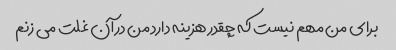
برای من مهم نیست که چقدر هزینه دارد من در آن غلت می زنم